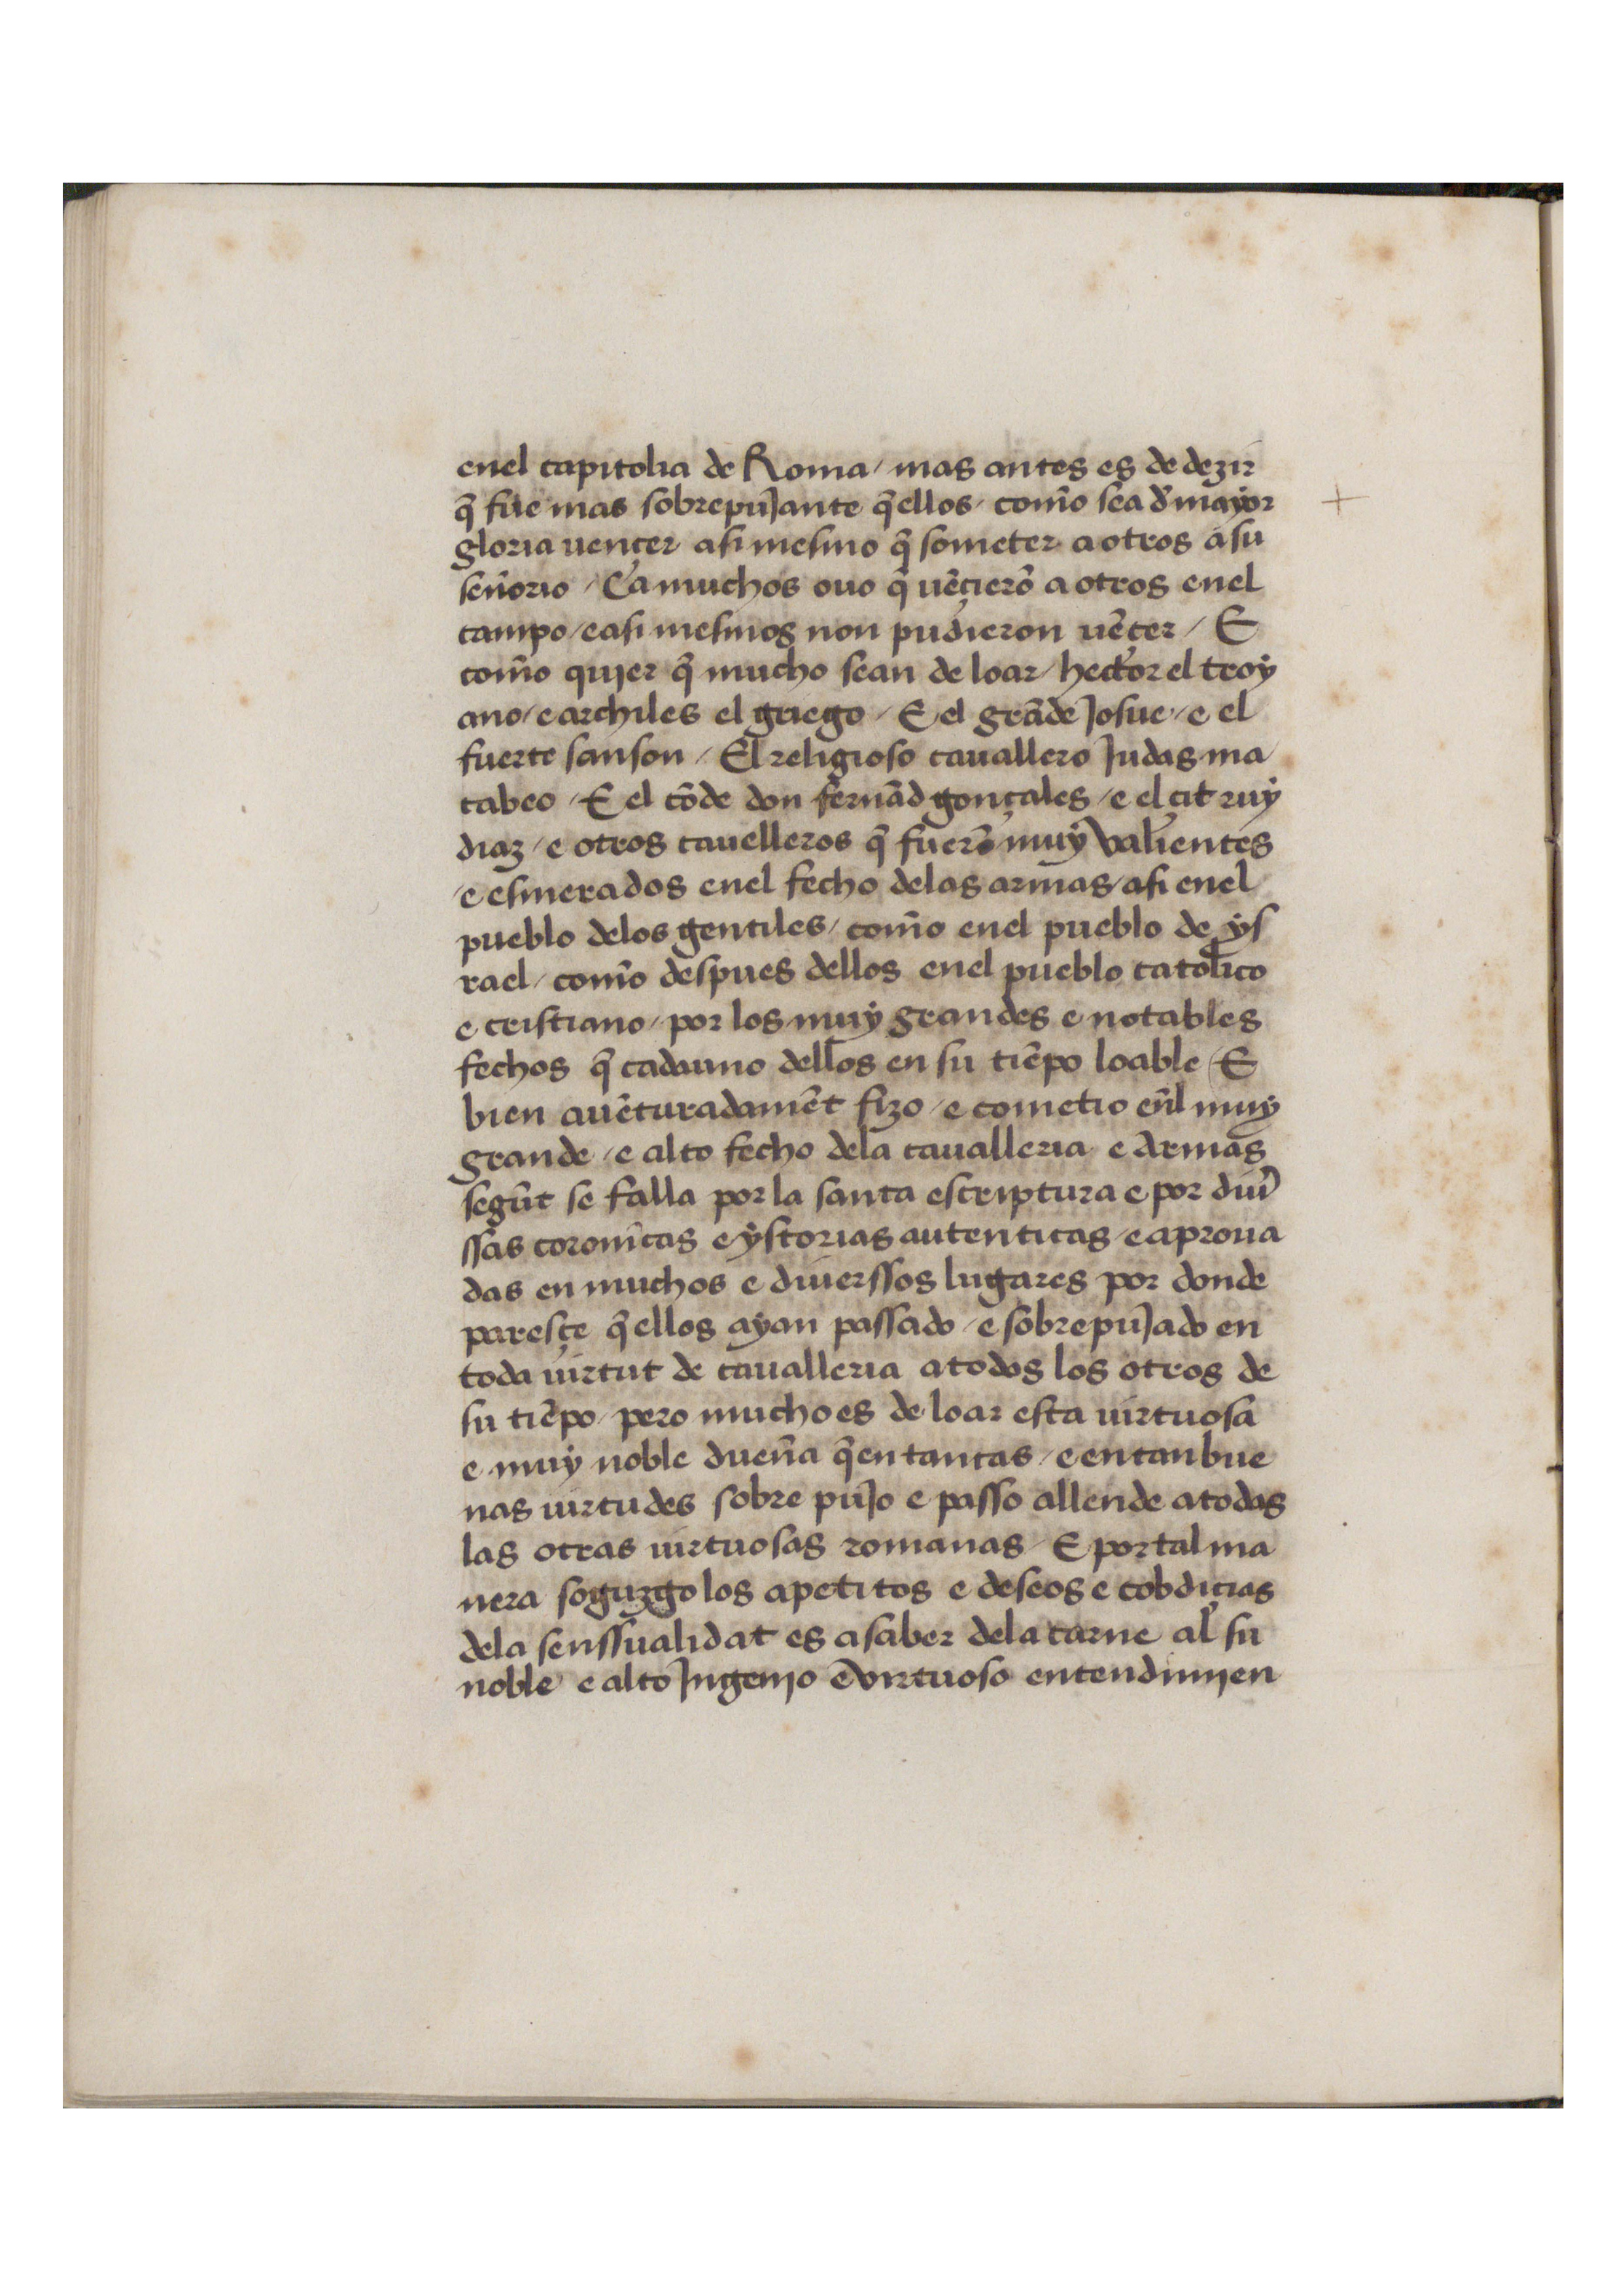
Shelfmark: Salamanca, Biblioteca Histórica USAL, 2654
Century: 15